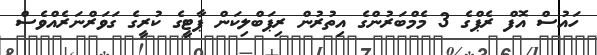
ހައުސް އޮފް ރެޕްގެ 3 މެމްބަރުންގެ އިތުރުން ރިޕަބްލިކަން ޕާޓީގެ ކުރީގެ ގަވަރްނަރެއްވެސް